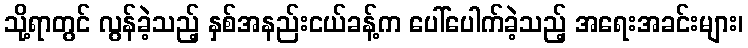
သို့ရာတွင် လွန်ခဲ့သည့် နှစ်အနည်းငယ်ခန့်က ပေါ်ပေါက်ခဲ့သည့် အရေးအခင်းများ၊